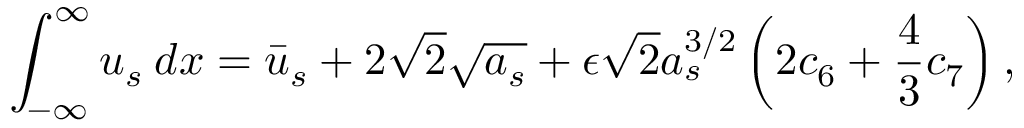
\int _ { - \infty } ^ { \infty } u _ { s } \: d x = \bar { u } _ { s } + 2 \sqrt { 2 } \sqrt { a _ { s } } + \epsilon \sqrt { 2 } a _ { s } ^ { 3 / 2 } \left( 2 c _ { 6 } + \frac { 4 } { 3 } c _ { 7 } \right) ,